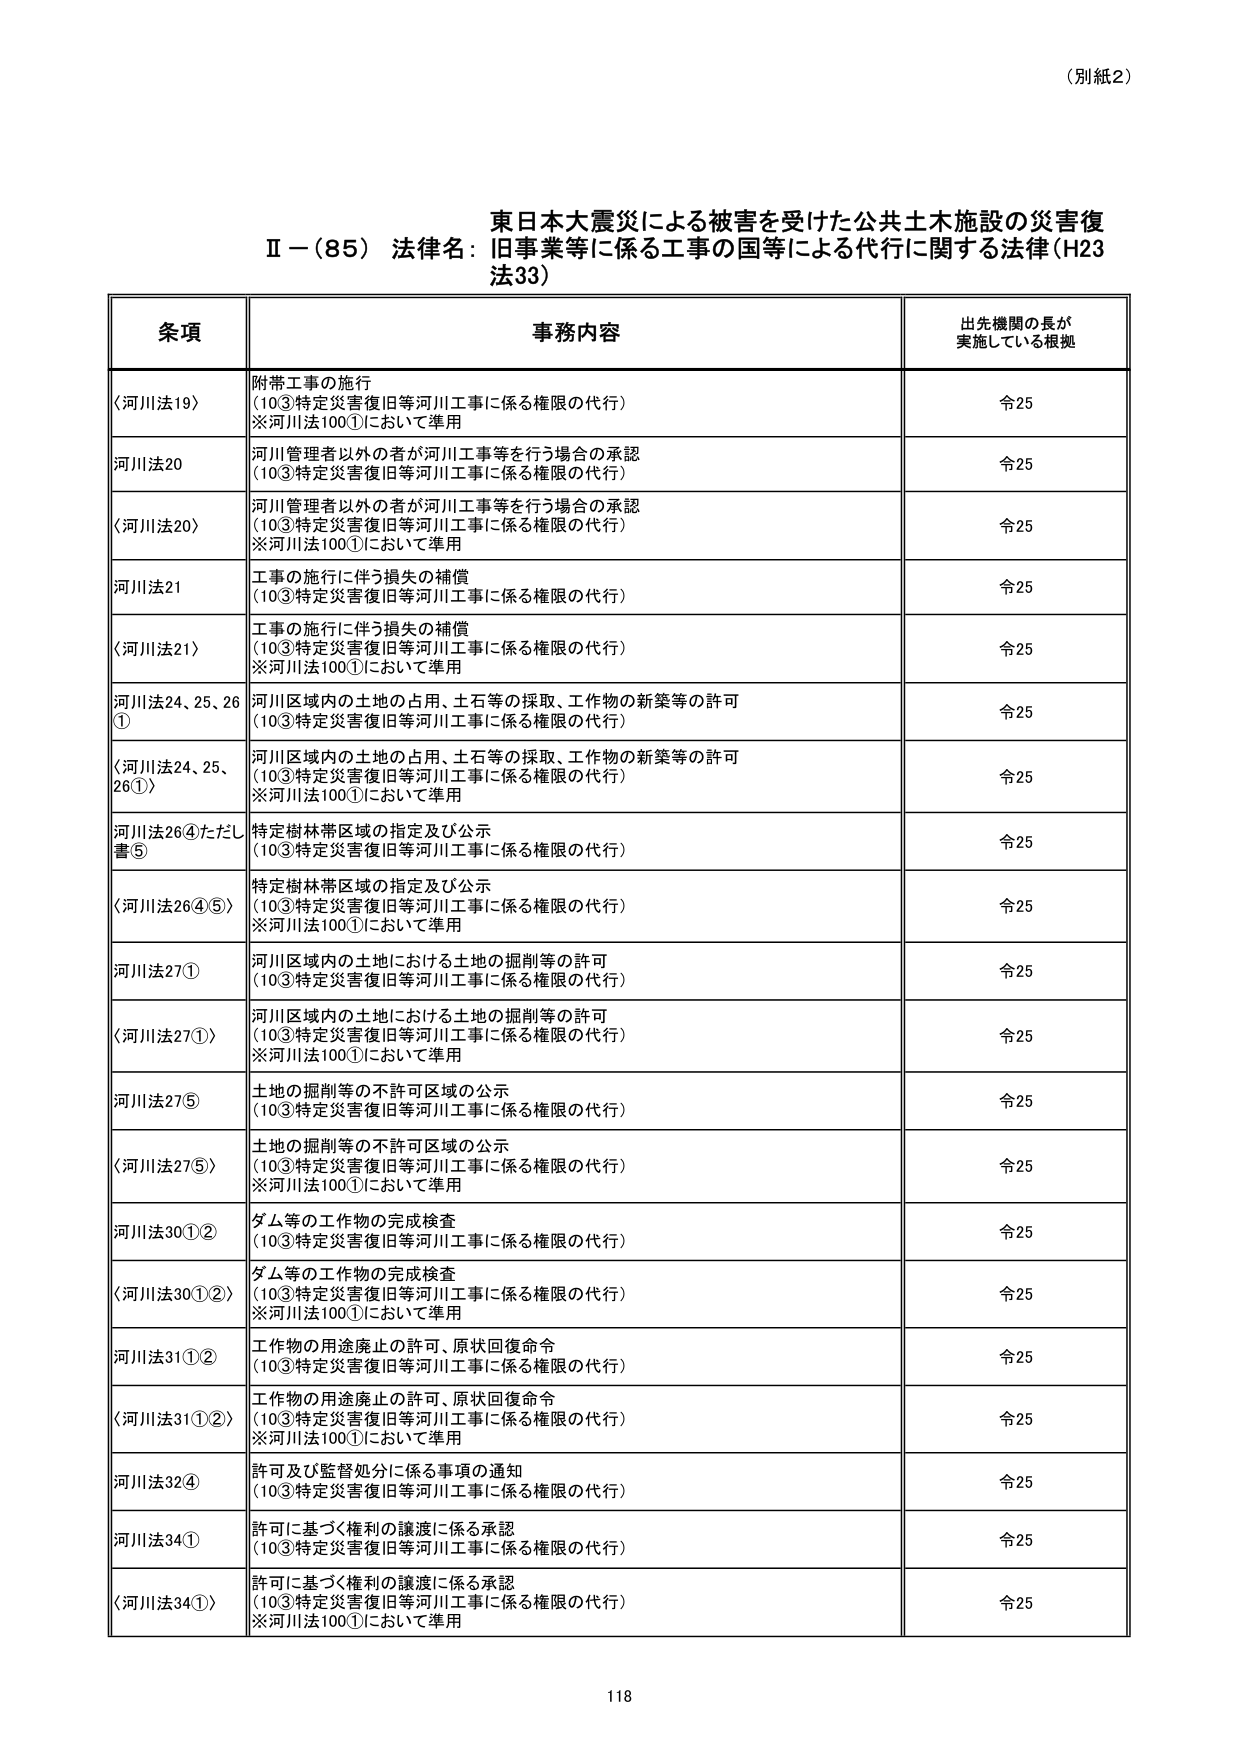
（別紙2）

東日本大震災による被害を受けた公共土木施設の災害復
Ⅱ－（85）法律名：旧事業等に係る工事の国等による代行に関する法律（H23
法33）

条項 事務内容 出先機関の長が
実施している根拠

〈河川法19〉 附帯工事の施行
（10③特定災害復旧等河川工事に係る権限の代行）
※河川法100①において準用 令25

河川法20 河川管理者以外の者が河川工事等を行う場合の承認
（10③特定災害復旧等河川工事に係る権限の代行） 令25

〈河川法20〉 河川管理者以外の者が河川工事等を行う場合の承認
（10③特定災害復旧等河川工事に係る権限の代行）
※河川法100①において準用 令25

河川法21 工事の施行に伴う損失の補償
（10③特定災害復旧等河川工事に係る権限の代行） 令25

〈河川法21〉 工事の施行に伴う損失の補償
（10③特定災害復旧等河川工事に係る権限の代行）
※河川法100①において準用 令25

河川法24、25、26① 河川区域内の土地の占用、土石等の採取、工作物の新築等の許可
（10③特定災害復旧等河川工事に係る権限の代行） 令25

〈河川法24、25、26①〉 河川区域内の土地の占用、土石等の採取、工作物の新築等の許可
（10③特定災害復旧等河川工事に係る権限の代行）
※河川法100①において準用 令25

河川法26④ただし書⑤ 特定樹林帯区域の指定及び公示
（10③特定災害復旧等河川工事に係る権限の代行） 令25

〈河川法26④⑤〉 特定樹林帯区域の指定及び公示
（10③特定災害復旧等河川工事に係る権限の代行）
※河川法100①において準用 令25

河川法27① 河川区域内の土地における土地の掘削等の許可
（10③特定災害復旧等河川工事に係る権限の代行） 令25

〈河川法27①〉 河川区域内の土地における土地の掘削等の許可
（10③特定災害復旧等河川工事に係る権限の代行）
※河川法100①において準用 令25

河川法27⑤ 土地の掘削等の不許可区域の公示
（10③特定災害復旧等河川工事に係る権限の代行） 令25

〈河川法27⑤〉 土地の掘削等の不許可区域の公示
（10③特定災害復旧等河川工事に係る権限の代行）
※河川法100①において準用 令25

河川法30①② ダム等の工作物の完成検査
（10③特定災害復旧等河川工事に係る権限の代行） 令25

〈河川法30①②〉 ダム等の工作物の完成検査
（10③特定災害復旧等河川工事に係る権限の代行）
※河川法100①において準用 令25

河川法31①② 工作物の用途廃止の許可、原状回復命令
（10③特定災害復旧等河川工事に係る権限の代行） 令25

〈河川法31①②〉 工作物の用途廃止の許可、原状回復命令
（10③特定災害復旧等河川工事に係る権限の代行）
※河川法100①において準用 令25

河川法32④ 許可及び監督処分に係る事項の通知
（10③特定災害復旧等河川工事に係る権限の代行） 令25

河川法34① 許可に基づく権利の譲渡に係る承認
（10③特定災害復旧等河川工事に係る権限の代行） 令25

〈河川法34①〉 許可に基づく権利の譲渡に係る承認
（10③特定災害復旧等河川工事に係る権限の代行）
※河川法100①において準用 令25

118